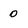
Character: o